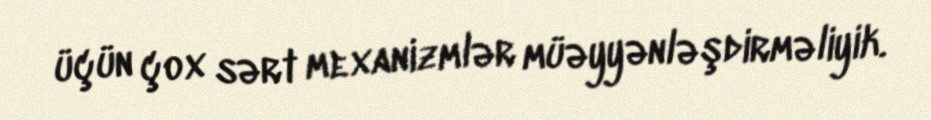
üçün çox sərt mexanizmlər müəyyənləşdirməliyik.